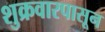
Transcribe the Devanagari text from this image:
शुक्रवारपासून